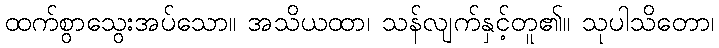
ထက်စွာသွေးအပ်သော။ အသိယထာ၊ သန်လျက်နှင့်တူ၏။ သုပါသိတော၊